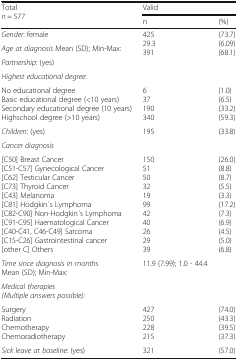
| <ROWSPAN=2> Totaln = 577 | <COLSPAN=2> Valid |
 | n | (%) |
 | --- | --- | --- |
 | Gender: female | <ROWSPAN=3> 42529.3391 | <ROWSPAN=3> (73.7)(6.09)(68.1) |
 | Age at diagnosis Mean (SD); Min-Max: |
 | Partnership: (yes) |
 | <COLSPAN=3> Highest educational degree: |
 | No educational degreeBasic educational degree (<10 years)Secondary educational degree (10 years)Highschool degree (>10 years) | 637190340 | (1.0)(6.5)(33.2)(59.3) |
 | Children: (yes) | 195 | (33.8) |
 | <COLSPAN=3> Cancer diagnosis |
 | [C50] Breast Cancer[C51-C57] Gynecological Cancer[C62] Testicular Cancer[C73] Thyroid Cancer[C43] Melanoma[C81] Hodgkin ́s Lymphoma[C82-C90] Non-Hodgkin ́s Lymphoma[C91-C95] Haematological Cancer[C40-C41, C46-C49] Sarcoma[C15-C26] Gastrointestinal cancer[other C] Others | 15051503219994240262939 | (26.0)(8.8)(8.7)(5.5)(3.3)(17.2)(7.3)(6.9)(4.5)(5.0)(6.8) |
 | Time since diagnosis in monthsMean (SD); Min-Max: | 11.9 (7.99); 1.0 - 44.4 |  |
 | <COLSPAN=3> Medical therapies(Multiple answers possible): |
 | SurgeryRadiationChemotherapyChemoradiotherapy | 427250228215 | (74.0)(43.3)(39.5)(37.3) |
 | Sick leave at baseline: (yes) | 321 | (57.0) |